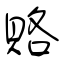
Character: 賂